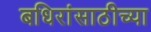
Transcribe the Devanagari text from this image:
बधिरांसाठीच्या